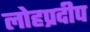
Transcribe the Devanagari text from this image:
लोहप्रदीप